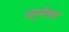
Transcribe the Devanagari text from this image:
ब्लुमेंथल